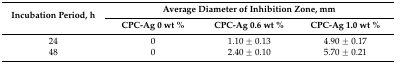
<table><thead><tr><td rowspan="2"><b>Incubation Period, h</b></td><td colspan="3"><b>Average Diameter of Inhibition Zone, mm</b></td></tr><tr><td><b>CPC-Ag 0 wt %</b></td><td><b>CPC-Ag 0.6 wt %</b></td><td><b>CPC-Ag 1.0 wt %</b></td></tr></thead><tbody><tr><td>24</td><td>0</td><td>1.10 ± 0.13</td><td>4.90 ± 0.17</td></tr><tr><td>48</td><td>0</td><td>2.40 ± 0.10</td><td>5.70 ± 0.21</td></tr></tbody></table>